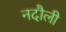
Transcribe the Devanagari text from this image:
नदौली